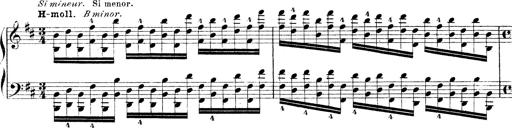
Title: Technische Studien
Composer: Franz Liszt